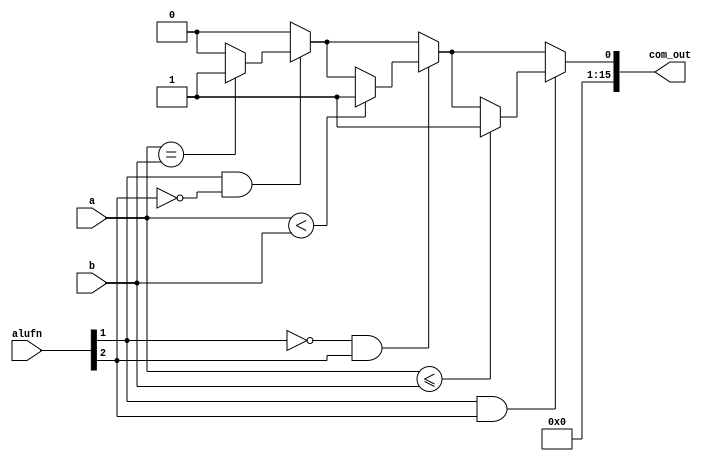
/*
   This file was generated automatically by the Mojo IDE version B1.3.6.
   Do not edit this file directly. Instead edit the original Lucid source.
   This is a temporary file and any changes made to it will be destroyed.
*/

module comparator_16 (
    input [5:0] alufn,
    input [15:0] a,
    input [15:0] b,
    output reg [15:0] com_out
  );
  
  
  
  reg [15:0] out;
  
  always @* begin
    out[0+0-:1] = 1'h0;
    if (alufn[1+0-:1] == 1'h1 & alufn[2+0-:1] == 1'h0) begin
      if (a == b) begin
        out[0+0-:1] = 1'h1;
      end
    end
    if (alufn[1+0-:1] == 1'h0 & alufn[2+0-:1] == 1'h1) begin
      if (a < b) begin
        out[0+0-:1] = 1'h1;
      end
    end
    if (alufn[1+0-:1] == 1'h1 & alufn[2+0-:1] == 1'h1) begin
      if (a <= b) begin
        out[0+0-:1] = 1'h1;
      end
    end
    out[1+14-:15] = 16'h0000;
    com_out = out;
  end
endmodule